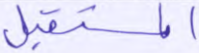
المستقبل